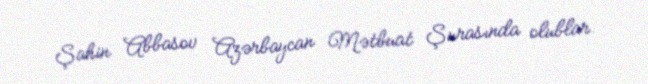
Şahin Abbasov Azərbaycan Mətbuat Şurasında olublar.